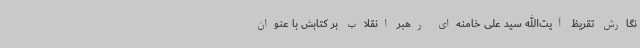
نگارش تقریظ آیت‌الله سید علی خامنه‌ای رهبر انقلاب بر کتابش با عنوان